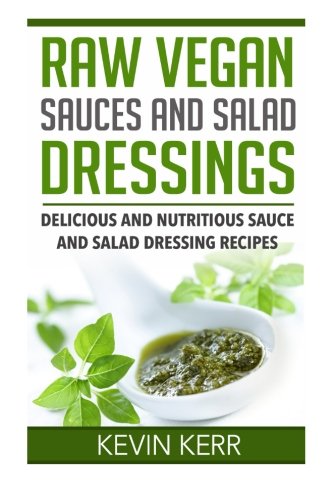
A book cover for Raw Vegan Sauces and Salad Dressings: Delicious and Nutritious Sauce and Salad Dressing Recipes.; Kevin Kerr; Cookbooks, Food & Wine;